Report on vaccination in Madras 1877-1894 - 1877-1894
Year: 1877
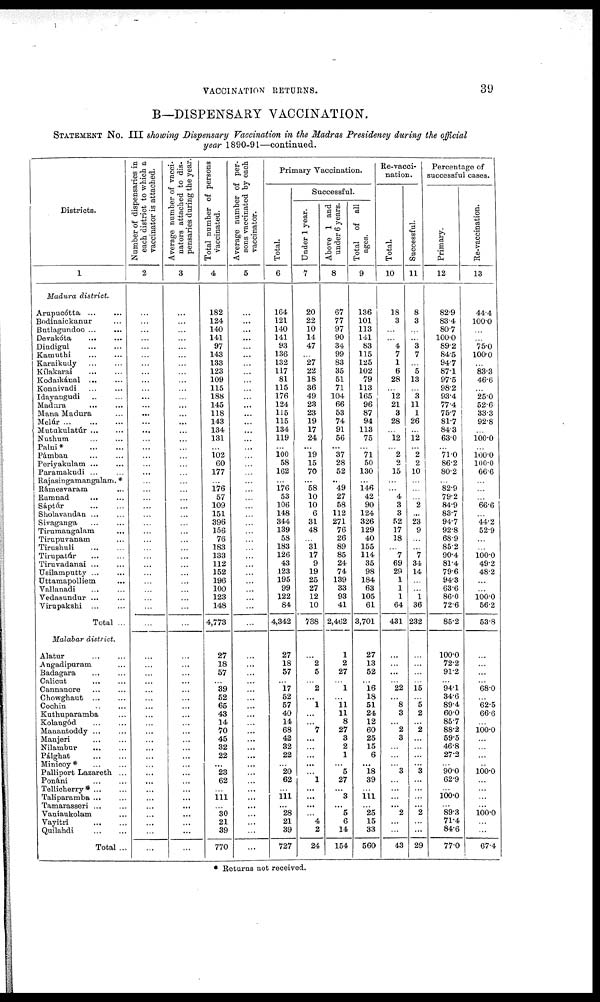
VACCINATION RETURNS.
39
B—DISPENSARY VACCINATION.
STATEMENT NO. III showing Dispensary Vaccination in the Madras Presidency during the official
year 1890-91—continued.
Districts.
1
Madura district.
Arupucótta
...
...
Bodinaickanur ...
Butlagundoo ...
...
Devakóta ... ...
Dindigul
...
...
Kamuthi ... ...
Karaikudy
...
...
Kílakarai ... ...
Kodaikánal
...
...
Konnivadi ... ...
Idayangudi ... ...
Madura ... ...
Mana Madura ...
Melúr
...
...
...
Mutukulatúr ... ...
Nuthum ... ...
Palni*
...
...
Pámban ... ...
Periyakulam ... ...
Paramakudi ... ...
Rajasingamangalam. *
Ramesvaram ...
Ramnad
... ...
Sáptúr ... ...
Sholavandan ... ...
Sivaganga ... ...
Tirumangalam ...
Tirupuvanam ...
Tirushuli ... ...
Tirupatúr ... ...
Tiruvadanai ... ...
Usilamputty ... ...
Uttamapolliem
...
Yallanadi
...
...
Vedasundur ... ...
Virupakshi ... ...
Total ...
Malabar district.
Alatur ... ...
Angadipuram ...
Badagara
...
...
Calicut
... ...
Cannanore ... ...
Chowghaut
...
...
Cochin ... ...
Kuthuparamba ...
Kolangód
...
...
Manantoddy ... ...
Manjeri ... ...
Nilambur
...
...
Pálghat
...
...
Minicoy* ... ...
Palliport Lazareth ...
Ponáni ... ...
Tellicherry * ... ...
Taliparamba ... ...
Tamarasseri ... ...
Vaniaukolam ...
Vayitri
... ...
Quilandi
...
...
Total ...
Number of dispensaries in
each district to which a
vaccinator is attached.
2
...
...
...
...
...
...
...
...
...
...
...
...
...
...
...
...
...
...
...
...
...
...
...
...
...
...
...
...
...
...
...
...
...
...
...
...
...
...
...
...
...
...
...
...
...
...
...
...
...
...
...
...
...
...
...
...
...
...
...
...
Average number of vacci-
nators attached to dis-
pensaries during the year.
3
...
...
...
...
...
...
...
...
...
...
...
...
...
...
...
...
...
...
...
...
...
...
...
...
...
...
...
...
...
...
...
...
...
...
...
...
...
...
...
...
...
...
...
...
...
...
...
...
...
...
...
...
...
...
...
...
...
...
...
...
Total number of persons
vaccinated.
4
182
124
140
141
97
143
133
123
109
115
188
145
118
143
134
131
...
102
60
177
...
176
57
109
151
396
156
76
183
133
112
152
196
100
123
148
4,773
27
18
57
...
39
52
65
43
14
70
45
32
22
...
23
62
...
111
...
30
21
39
770
Average number of per-
sons vaccinated by each
vaccinator.
5
...
...
...
...
...
...
...
...
...
...
...
...
...
...
...
...
...
...
...
...
...
...
...
...
...
...
...
...
...
...
...
...
...
...
...
...
...
...
...
...
...
...
...
...
...
...
...
...
...
...
...
...
...
...
...
...
...
...
...
...
Primary Vaccination.
Total.
6
164
121
140
141
93
136
132
117
81
115
176
124
115
115
134
119
...
100
58
162
...
176
53
106
148
344
139
58
183
126
43
123
195
99
122
84
4,342
27
18
57
...
17
52
57
40
14
68
42
32
22
...
20
62
...
111
...
28
21
39
727
Successful.
Under 1 year.
7
20
22
10
14
47
...
27
22
18
36
49
23
23
19
17
24
...
19
15
70
...
58
10
10
6
31
48
...
31
17
9
19
25
27
12
10
788
...
2
5
...
2
...
1
...
...
7
...
...
...
...
...
1
...
...
...
...
4
2
24
Above 1 and
under 6 years.
8
67
77
97
90
34
99
83
35
51
71
104
66
53
74
91
56
...
37
28
52
...
49
27
58
112
271
76
26
89
85
24
74
139
33
93
41
2,462
1
2
27
...
1
...
11
11
8
27
3
2
1
...
5
27
...
3
... 5
6
14
154
Total of all
ages.
9
136
101
113
141
83
115
125
102
79
113
165
96
87
94
113
75
...
71
50
130
...
146
42
90
124
326
129
40
155
114
35
98
184
63
105
61
3,701
27
13
52
...
16
18
51
24
12
60
25
15
6
...
18
39
...
111
...
25
15
33
560
Re-vacci-
nation.
Total.
10
18
3
...
...
4
7
1
6
28
...
12
21
3
28
...
12
...
2
2
15
...
...
4
3
3
52
17
18
...
7
69
29
1
1
1
64
431
...
...
...
...
22
...
8
3
...
2
3
...
...
...
3
...
...
...
...
2
...
...
43
Successful.
11
8
3
...
...
3
7
...
5
13
...
3
11
1
26
...
12
...
2
2
10
...
...
...
2
...
23
9
...
...
7
34
14
...
...
1
36
232
...
...
...
...
15
...
5
2
...
2
...
...
...
...
3
...
...
...
...
2
...
...
29
Percentages of
successful cases.
Primary.
12
82.9
83.4
80.7
100.0
89.2
84.5
94.7
87.1
97.5
98.2
93.4
77.4
75.7
81.7
84.3
63.0
...
71.0
86.2
80.2
...
82.9
79.2
84.9
83.7
94.7
92.8
68.9
85.2
90.4
81.4
79.6
94.3
63.6
86.0
72.6
85.2
100.0
72.2
91.2
...
94.1
34.6
89.4
60.0
85.7
88.2
59.5
46.8
27.2
...
90.0
62.9
...
100.0
...
89.3
71.4
84.6
77.0
Re-vaccination.
13
44.4
100.0
...
...
75.0
100.0
...
83.3
46.6
...
25.0
52.6
33.3
92.8
...
100.0
...
100.0
100.0
66.6
...
...
...
66.6
...
44.2
52.9
...
...
100.0
49.2
48.2
...
...
100.0
56.2
53.8
...
...
...
...
68.0
...
62.5
66.6
...
100.0
...
...
...
...
100.0
...
...
...
...
100.0
...
...
67.4
* Returns not received.